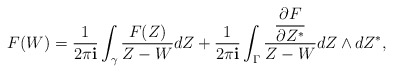
\begin{align*}F(W) = \frac{1}{2\pi{\bf i}} \int_{\gamma} \frac{F(Z)}{Z - W} dZ + \frac{1}{2\pi{\bf i}}\int_{\Gamma} \frac{\dfrac{\partial F}{\partial Z^*}}{Z - W}dZ \wedge dZ^*,\end{align*}